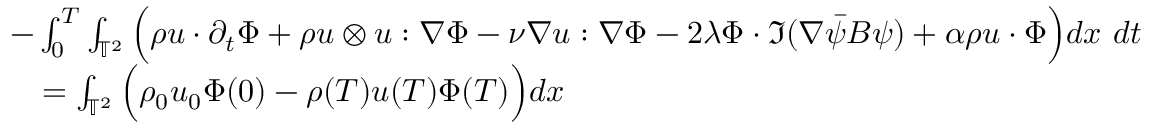
\begin{array} { r l } & { - \int _ { 0 } ^ { T } \int _ { \mathbb { T } ^ { 2 } } \Big ( \rho u \cdot \partial _ { t } \Phi + \rho u \otimes u : \nabla \Phi - \nu \nabla u : \nabla \Phi - 2 \lambda \Phi \cdot \Im ( \nabla \Bar { \psi } B \psi ) + \alpha \rho u \cdot \Phi \Big ) d x \ d t } \\ & { \quad = \int _ { \mathbb { T } ^ { 2 } } \Big ( \rho _ { 0 } u _ { 0 } \Phi ( 0 ) - \rho ( T ) u ( T ) \Phi ( T ) \Big ) d x } \end{array}